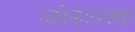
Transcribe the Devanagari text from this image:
अधेड़ावस्था